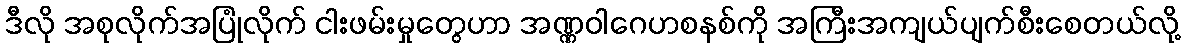
ဒီလို အစုလိုက်အပြုံလိုက် ငါးဖမ်းမှုတွေဟာ အဏ္ဏဝါဂေဟစနစ်ကို အကြီးအကျယ်ပျက်စီးစေတယ်လို့